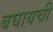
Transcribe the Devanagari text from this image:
बघायची